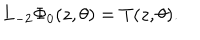
LaTeX: L _ { - 2 } \Phi _ { 0 } ( z , \theta ) = T ( z , \theta ) .